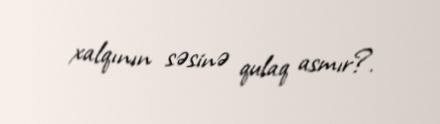
xalqının səsinə qulaq asmır?.